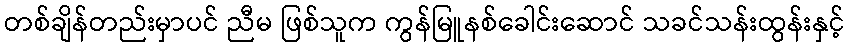
တစ်ချိန်တည်းမှာပင် ညီမ ဖြစ်သူက ကွန်မြူနစ်ခေါင်းဆောင် သခင်သန်းထွန်းနှင့်